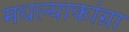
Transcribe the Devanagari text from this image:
मधल्याकांग्रा